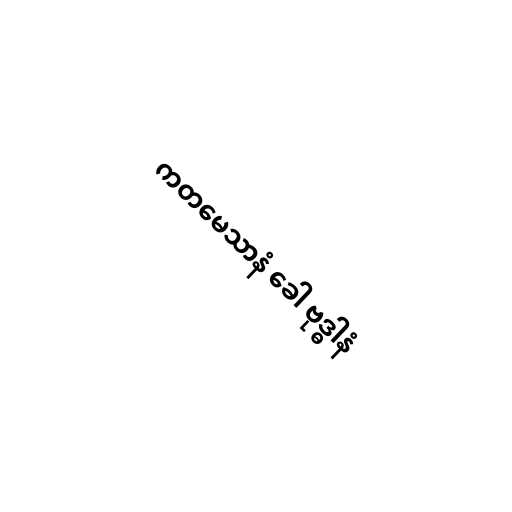
ကတမေသာနံ ခေါ ဗုဒ္ဓါနံ